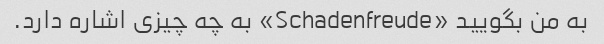
به من بگویید «Schadenfreude» به چه چیزی اشاره دارد.